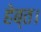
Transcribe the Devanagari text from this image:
हेब्त।